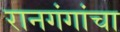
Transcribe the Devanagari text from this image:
रानगंगांचा